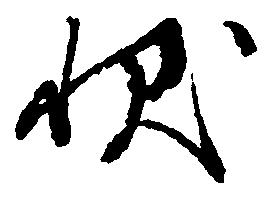
状